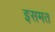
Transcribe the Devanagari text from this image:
इसमत